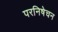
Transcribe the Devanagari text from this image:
परनिषेचन